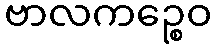
ဗာလကဉ္စေဝ